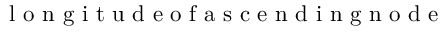
\mathrm { ~ l ~ o ~ n ~ g ~ i ~ t ~ u ~ d ~ e ~ o ~ f ~ a ~ s ~ c ~ e ~ n ~ d ~ i ~ n ~ g ~ n ~ o ~ d ~ e ~ }